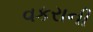
વકરાની